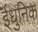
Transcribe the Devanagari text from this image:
ईधुनिक